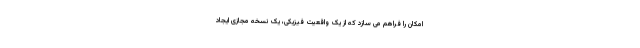
امکان را فراهم می سازد که از یک واقعیت فیزیکی، یک نسخه مجازی ایجاد